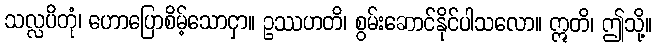
သလ္လပိတုံ၊ ဟောပြောစိမ့်သောငှာ။ ဥဿဟတိ၊ စွမ်းဆောင်နိုင်ပါသလော။ ဣတိ၊ ဤသို့။